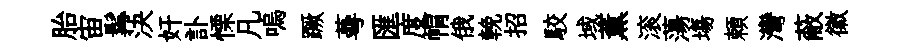
胎宙髯決奸訃慄凡嗚蹶蕚匯度㡌俄輓招駮域薫滚蕩塲頼灣蔽徽